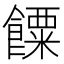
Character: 𩞸